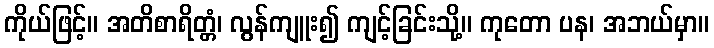
ကိုယ်ဖြင့်။ အတိစာရိတ္တံ၊ လွန်ကျူး၍ ကျင့်ခြင်းသို့။ ကုတော ပန၊ အဘယ်မှာ။